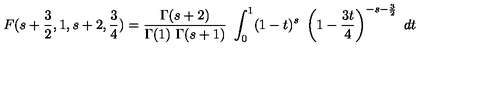
F ( s + { \frac { 3 } { 2 } } , 1 , s + 2 , { \frac { 3 } { 4 } } ) = { \frac { \Gamma ( s + 2 ) } { \Gamma ( 1 ) \ \Gamma ( s + 1 ) } } \ \int _ { 0 } ^ { 1 } ( 1 - t ) ^ { s } \ \left( 1 - { \frac { 3 t } { 4 } } \right) ^ { - s - { \frac { 3 } { 2 } } } \ d t